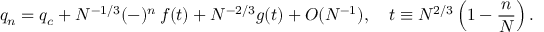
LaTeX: q _ { n } = q _ { c } + N ^ { - 1 / 3 } ( - ) ^ { n } \, f ( t ) + N ^ { - 2 / 3 } g ( t ) + O ( N ^ { - 1 } ) , \ \ \ t \equiv N ^ { 2 / 3 } \left( 1 - \frac { n } { N } \right) .